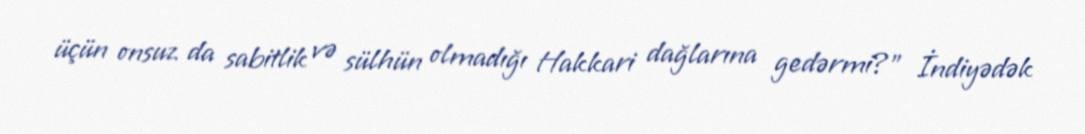
üçün onsuz da sabitlik və sülhün olmadığı Hakkari dağlarına gedərmi?” İndiyədək